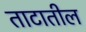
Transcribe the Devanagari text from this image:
ताटातील